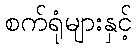
စက်ရုံများနှင့်